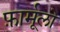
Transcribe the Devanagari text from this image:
फ़ार्मूलो